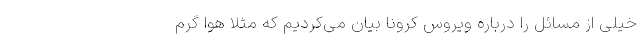
خیلی از مسائل را درباره ویروس کرونا بیان می‌کردیم که مثلا هوا گرم